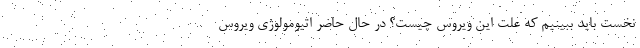
نخست باید ببینیم که علت این ویروس چیست؟ در حال حاضر اتیومولوژی ویروس